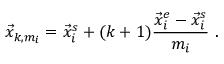
\vec { x } _ { k , m _ { i } } = \vec { x } _ { i } ^ { s } + ( k + 1 ) \frac { \vec { x } _ { i } ^ { e } - \vec { x } _ { i } ^ { s } } { m _ { i } } \ .